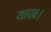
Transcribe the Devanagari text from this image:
यादव।